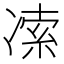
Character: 𰄅